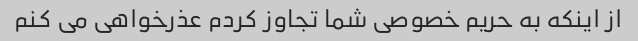
از اینکه به حریم خصوصی شما تجاوز کردم عذرخواهی می کنم